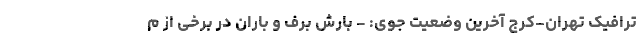
ترافیک تهران-کرج آخرین وضعیت جوی: - بارش برف و باران در برخی از م